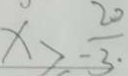
x > \frac { 2 0 } { - 3 \cdot }